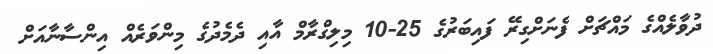
ދުވާލެއްގެ މައްޗަށް ފެނަށްގިރޭ ފައިބަރުގެ 25-10 މިލިގްރާމް އާއި ދެމެދުގެ މިންވަރެއް އިންސާނާއަށް